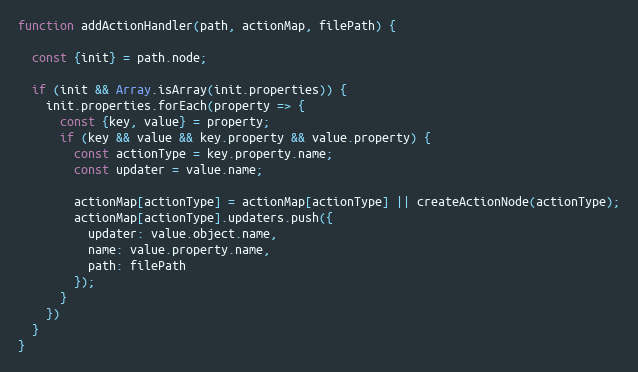
Language: JavaScript
function addActionHandler(path, actionMap, filePath) {

  const {init} = path.node;

  if (init && Array.isArray(init.properties)) {
    init.properties.forEach(property => {
      const {key, value} = property;
      if (key && value && key.property && value.property) {
        const actionType = key.property.name;
        const updater = value.name;

        actionMap[actionType] = actionMap[actionType] || createActionNode(actionType);
        actionMap[actionType].updaters.push({
          updater: value.object.name,
          name: value.property.name,
          path: filePath
        });
      }
    })
  }
}